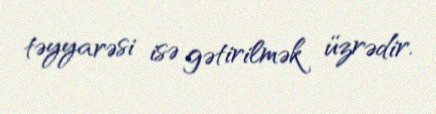
təyyarəsi isə gətirilmək üzrədir.